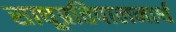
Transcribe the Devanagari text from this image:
साधूप्रतिपालनार्थ